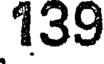
139